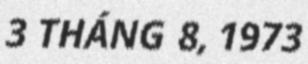
3 THÁNG 8, 1973